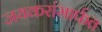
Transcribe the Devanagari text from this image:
जयकरांमार्फत